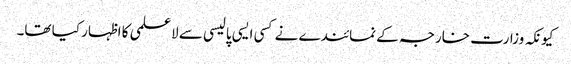
کیونکہ وزارت خارجہ کے نمائندے نے کسی ایسی پالیسی سے لاعلمی کا اظہار کیا تھا۔